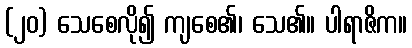
(၂၀) သေစေလို၍ ကျစေ၏၊ သေ၏။ ပါရာဇိက။